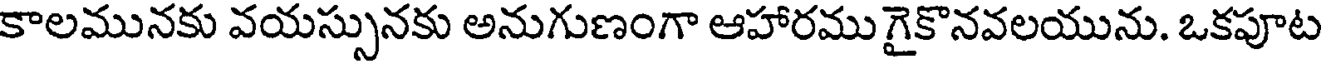
కాలమునకు వయస్సునకు అనుగుణంగా ఆహారము గైకొనవలయును. ఒకపూట